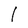
Character: l